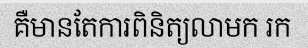
គឺមានតែការពិនិត្យលាមក រក